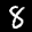
Label: 8